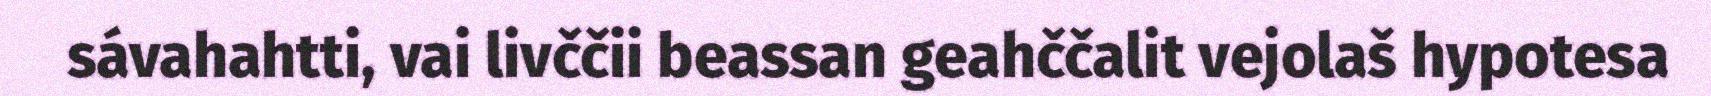
sávahahtti, vai livččii beassan geahččalit vejolaš hypotesa